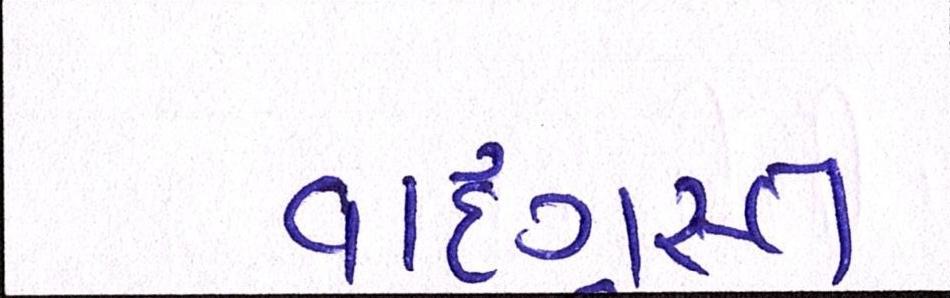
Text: વાદગ્રસ્ત